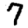
Digit: 7